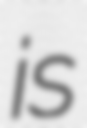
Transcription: is